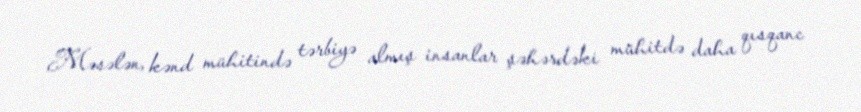
Məsələn, kənd mühitində tərbiyə almış insanlar şəhərdəki mühitdə daha qısqanc